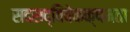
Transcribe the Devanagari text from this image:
सदसद्विवेकक्षमता